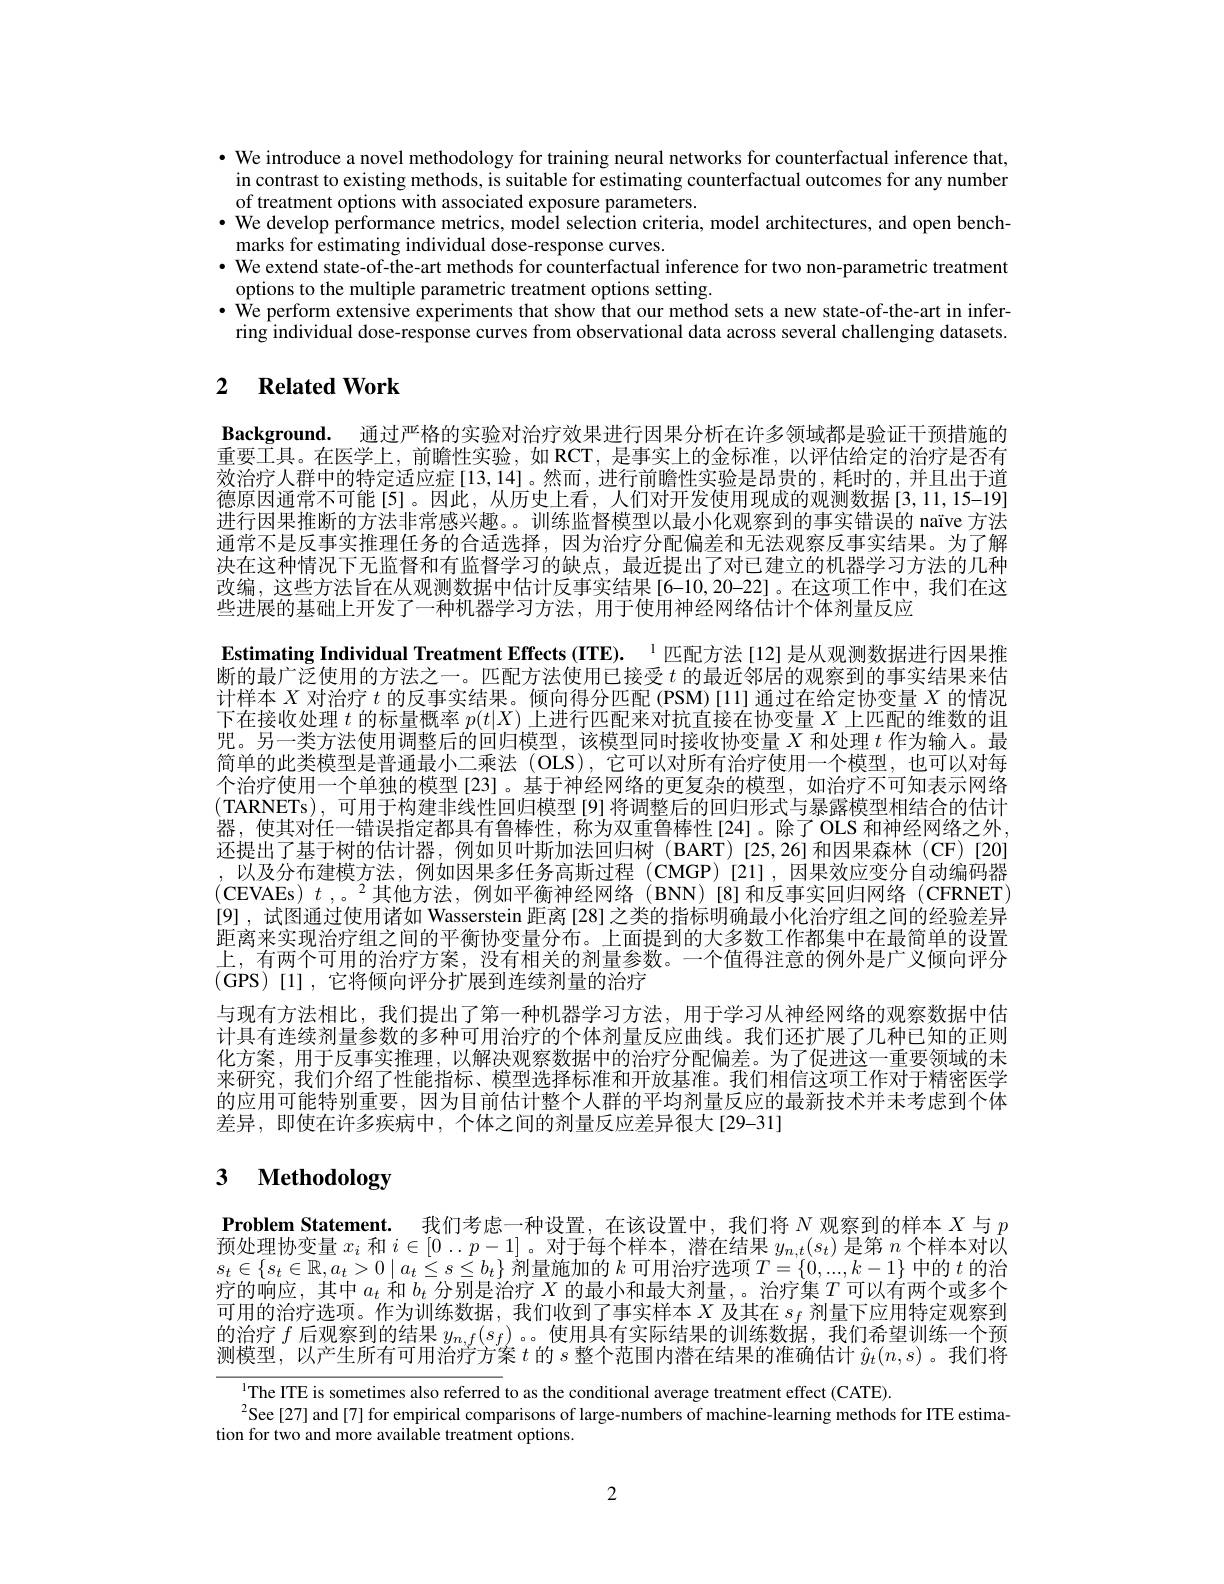
$\bullet$ We introduce a novel methodology for training neural networks for counterfactual inference that,
in contrast to existing methods, is suitable for estimating counterfactual outcomes for any number
of treatment options with associated exposure parameters.
$\cdot$ We develop performance metrics, model selection criteria, model architectures, and open bench-
marks for estimating individual dose-response curves.
· We extend state-of-the-art methods for counterfactual inference for two non-parametric treatment
options to the multiple parametric treatment options setting.
$\bullet\hat{\text{We perform extensive experiments that show that our method sets a new state-of-the-art in infer-}}$ ring individual dose-response curves from observational data across several challenging datasets.

# 2 $\textbf{Related Work}$

Background. 通过严格的实验对治疗效果进行因果分析在许多领域都是验证干预措施的重要工具。在医学上，前瞻性实验，如 RCT,是事实上的金标准，以评估给定的治疗是否有效治疗人群中的特定适应症[13,14]。然而，进行前瞻性实验是昂贵的，耗时的，并且出于道德原因通常不可能[5]。因此，从历史上看，人们对开发使用现成的观测数据[3,11,15-19] 进行因果推断的方法非常感兴趣。。训练监督模型以最小化观察到的事实错误的 naïve 方法通常不是反事实推理任务的合适选择，因为治疗分配偏差和无法观察反事实结果。为了解决在这种情况下无监督和有监督学习的缺点，最近提出了对已建立的机器学习方法的几种改编，这些方法旨在从观测数据中估计反事实结果[6-10,20-22]。在这项工作中，我们在这些进展的基础上开发了一种机器学习方法，用于使用神经网络估计个体剂量反应
Estimating Individual Treatment Effects (ITE). $^{1}$匹配方法[12] 是从观测数据进行因果推断的最广泛使用的方法之一。匹配方法使用已接受$t$的最近邻居的观察到的事实结果来估计样本$X$对治疗$t$的反事实结果。倾向得分匹配 (PSM)[11] 通过在给定协变量$X$的情况下在接收处理$t$的标量概率$p(t|X)$上进行匹配来对抗直接在协变量$X$上匹配的维数的诅咒。另一类方法使用调整后的回归模型，该模型同时接收协变量$X$和处理$t$作为输人。最简单的此类模型是普通最小二乘法 (OLS),它可以对所有治疗使用一个模型，也可以对每个治疗使用一个单独的模型[23]。基于神经网络的更复杂的模型，如治疗不可知表示网络(TARNETs),可用于构建非线性回归模型[9]将调整后的回归形式与暴露模型相结合的估计器，使其对任一错误指定都具有鲁棒性，称为双重鲁棒性[24]。除了OLS 和神经网络之外， 还提出了基于树的估计器，例如贝叶斯加法回归树(BART)[25,26]和因果森林(CF)[20] ,以及分布建模方法，例如因果多任务高斯过程(CMGP)[21],因果效应变分自动编码器(CEVAEs)$t$,。$^2$其他方法，例如平衡神经网络(BNN)[8]和反事实回归网络(CFRNET) [9],试图通过使用诸如 Wasserstein 距离 [28]之类的指标明确最小化治疗组之间的经验差异距离来实现治疗组之间的平衡协变量分布。上面提到的大多数工作都集中在最简单的设置上，有两个可用的治疗方案，没有相关的剂量参数。一个值得注意的例外是广义倾向评分(GPS)[1],它将倾向评分扩展到连续剂量的治疗
与现有方法相比，我们提出了第一种机器学习方法，用于学习从神经网络的观察数据中估计具有连续剂量参数的多种可用治疗的个体剂量反应曲线。我们还扩展了几种已知的正则化方案，用于反事实推理，以解决观察数据中的治疗分配偏差。为了促进这一重要领域的未来研究，我们介绍了性能指标、模型选择标准和开放基准。我们相信这项工作对于精密医学的应用可能特别重要，因为目前估计整个人群的平均剂量反应的最新技术并未考虑到个体差异，即使在许多疾病中，个体之间的剂量反应差异很大[29-31]

# 3 $\textbf{Methodology}$

$\textbf{Problem Statement.}_{\text{ 我们考虑一种设置，在该设置中，我们将 }N\text{ 观察到的样本 }X\text{ 与 }p}$ 预处理协变量$x_i$和$i\in[0\ldots p-1]$ 。对于每个样本，潜在结果$y_n,t(s_t)$是第$n$个样本对以$s_t\in\{s_t\in\mathbb{R},a_t>0\mid a_t\leq s\leq b_t\}$剂量施加的$k$可用治疗选项$T=\{0,...,k-1\}$中的$t$的治疗的响应，其中$a_t$和$b_t$分别是治疗$X$的最小和最大剂量，。治疗集$T$可以有两个或多个可用的治疗选项。作为训练数据，我们收到了事实样本$X$及其在$s_f$剂量下应用特定观察到的治疗$f$后观察到的结果$y_n,f(s_f)$ 。。使用具有实际结果的训练数据，我们希望训练一个预测模型，以产生所有可用治疗方案$t$的$s$整个范围内潜在结果的准确估计$\hat{y}_t(n,s)$ 。我们将

$^{1}$The ITE is sometimes also referred to as the conditional average treatment effect (CATE).
$^{2}$See [27] and [7] for empirical comparisons of large-numbers of machine-learning methods for ITE estima-
tion for two and more available treatment options.

2